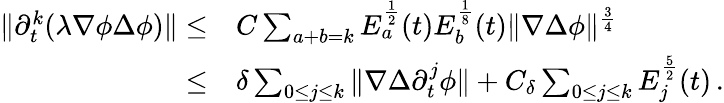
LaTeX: \begin{array}{rl}{\| \partial_{t}^{k}(\lambda\nabla\phi\Delta\phi)\| \leq}&{C\sum_{a+b=k}E_{a}^{\frac{1}{2}}(t)E_{b}^{\frac{1}{8}}(t)\| \nabla\Delta\phi\| ^{\frac{3}{4}}}\\ {\leq}&{\delta\sum_{0\leq j\leq k}\| \nabla\Delta\partial_{t}^{j}\phi\| +C_{\delta}\sum_{0\leq j\leq k}E_{j}^{\frac{5}{2}}(t)\, .}\end{array}